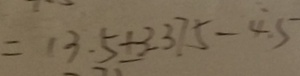
= 1 3 . 5 + 3 . 3 7 5 - 4 . 5